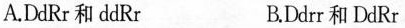
A.DdRr和ddRr B.Ddrr和DdRr